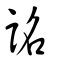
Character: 詺